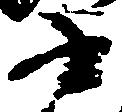
書